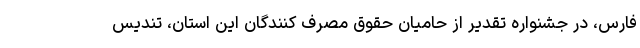
فارس، در جشنواره تقدیر از حامیان حقوق مصرف کنندگان این استان، تندیس